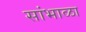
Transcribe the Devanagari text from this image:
सांभाळा